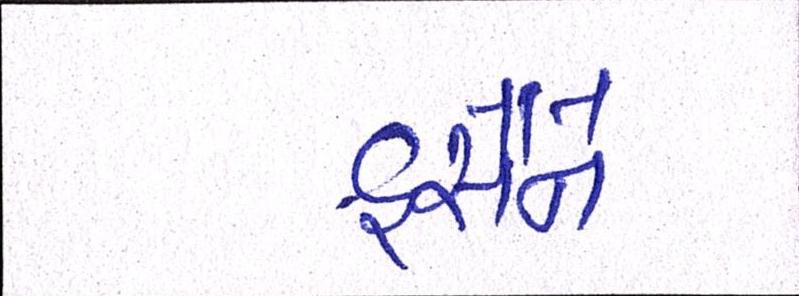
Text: હુસૈને